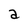
Character: a